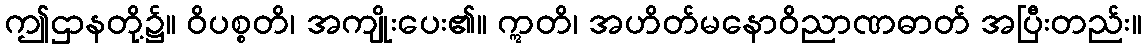
ဤဌာနတို့၌။ ဝိပစ္စတိ၊ အကျိုးပေး၏။ ဣတိ၊ အဟိတ်မနောဝိညာဏဓာတ် အပြီးတည်း။